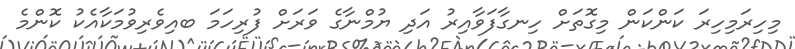
މިހިރަމިހިރަ ކަންކަން މިގޮތަށް ހިނގާފަވާއިރު އަދި ޔުމްނާގެ ވަރަށް ފުރިހަމަ ބއިވެރިވުމަކާއެކު ކޮންމެ